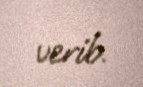
verib.